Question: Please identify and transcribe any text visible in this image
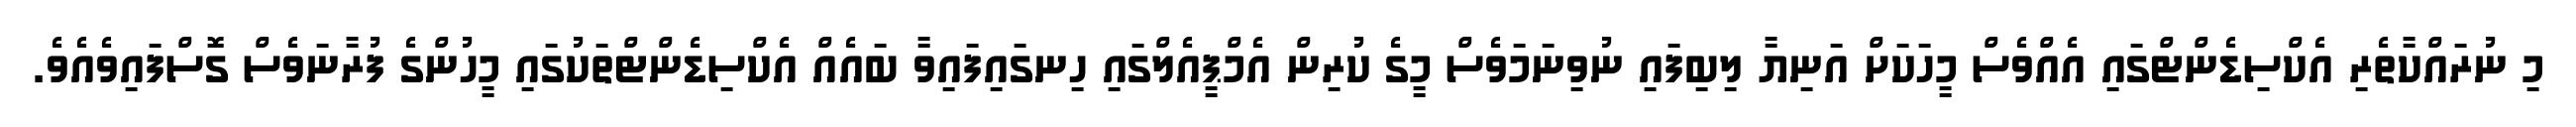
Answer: މި ނުރައްކާތެރި އެކްސިޑެންޓްގައި އެއްވެސް މީހަކަށް އަނިޔާ ލިބިފައި ނުވިނަމަވެސް މީގެ ކުރިން އެމްޕީއެލްގައި ހިނގައިފައިވާ ބައެއް އެކްސިޑެންޓްތަކުގައި މީހުންގެ ފުރާނަވެސް ގޮސްފައިވެއެވެ.